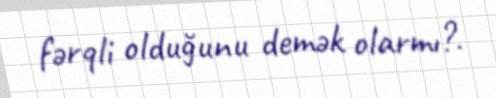
fərqli olduğunu demək olarmı?.